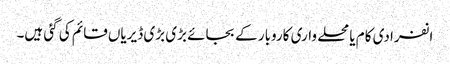
انفرادی کام یا محلے واری کاروبار کے بجائے بڑی بڑی ڈیریاں قائم کی گئی ہیں۔